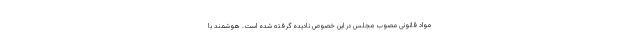
مواد قانونی مصوب مجلس در این خصوص نادیده گرفته شده است. هوشمند با